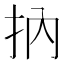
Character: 抐